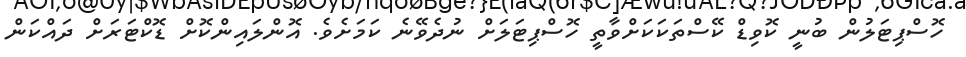
ހޮސްޕިޓަލުން ބުނީ ކޮވިޑް ކޭސްތަކަކަށްވާތީ ހޮސްޕިޓަލަށް ނުދެވޭނެ ކަމަށެވެ. އޮންލައިންކޮށް ޑޮކްޓަރަށް ދައްކަން